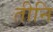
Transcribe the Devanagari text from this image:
तीनि